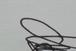
Signature authenticity: genuine